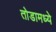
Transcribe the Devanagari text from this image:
तोडामध्ये